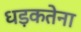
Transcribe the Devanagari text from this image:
धड़कतेना